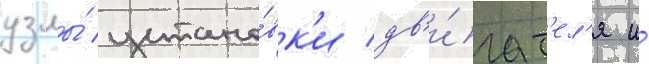
узлы́ устано́вк'и дв'и́гат'ел'я и́